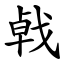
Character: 㦸